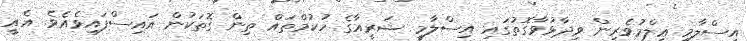
އިސްލާމީ ޢިލްމުވެރިން ވިދާޅުވާގޮތުގައި އިސްލާމީ ޝަރީއާގެ ހުކުމްތައް ތިން ގޮތަކުން އައިސްފައިވެއެވެ. އެއީ